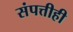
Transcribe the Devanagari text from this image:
संपत्तीही